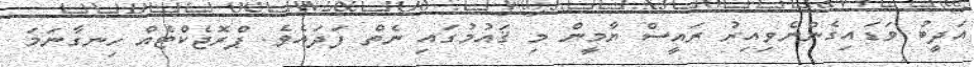
އަދީބު ވަޑައިގެންނެވިއިރު ރައީސް ޔާމީން މި ޤައުމުގައި ނެތް ފަދައެވެ. ޕްރޮޖެކްޓެއް ހިނގާނަމަ